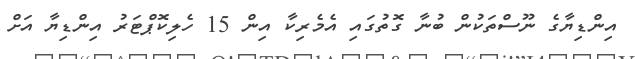
އިންޑިޔާގެ ނޫސްތަކުން ބުނާ ގޮތުގައި އެމެރިކާ އިން 15 ހެލިކޮޕްޓަރު އިންޑިޔާ އަށް